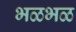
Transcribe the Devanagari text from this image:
भळभळ